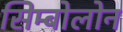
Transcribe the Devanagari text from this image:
सिम्बोलोन